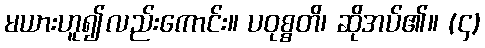
မယားဟူ၍လည်းကောင်း။ ပဝုစ္စတိ၊ ဆိုအပ်၏။ (၄)